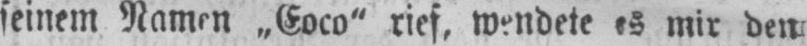
seinem Namen „Coco“ rief, wendete es mir den